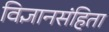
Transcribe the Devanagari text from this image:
विज्ञानसंहिता